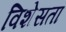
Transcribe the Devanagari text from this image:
विशेसता